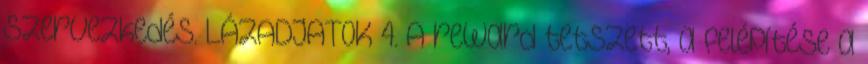
szervezkedés. LÁZADJATOK 4. A reward tetszett, a felépítése a